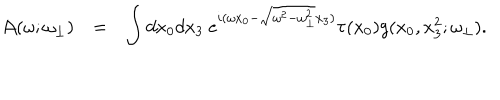
\begin{array} { r c l } { { { \cal A } ( \omega ; \omega _ { \bot } ) } } & { { = } } & { { \displaystyle \int d x _ { 0 } d x _ { 3 } ~ e ^ { i ( \omega x _ { 0 } - \sqrt { \omega ^ { 2 } - \omega _ { \bot } ^ { 2 } } x _ { 3 } ) } \tau ( x _ { 0 } ) g ( x _ { 0 } , x _ { 3 } ^ { 2 } ; \omega _ { \bot } ) . } } \\ \end{array}